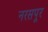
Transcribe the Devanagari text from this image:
नरसपूर